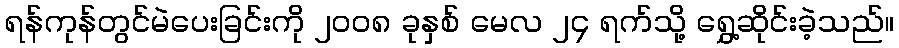
ရန်ကုန်တွင်မဲပေးခြင်းကို ၂၀၀၈ ခုနှစ် မေလ ၂၄ ရက်သို့ ရွှေ့ဆိုင်းခဲ့သည်။